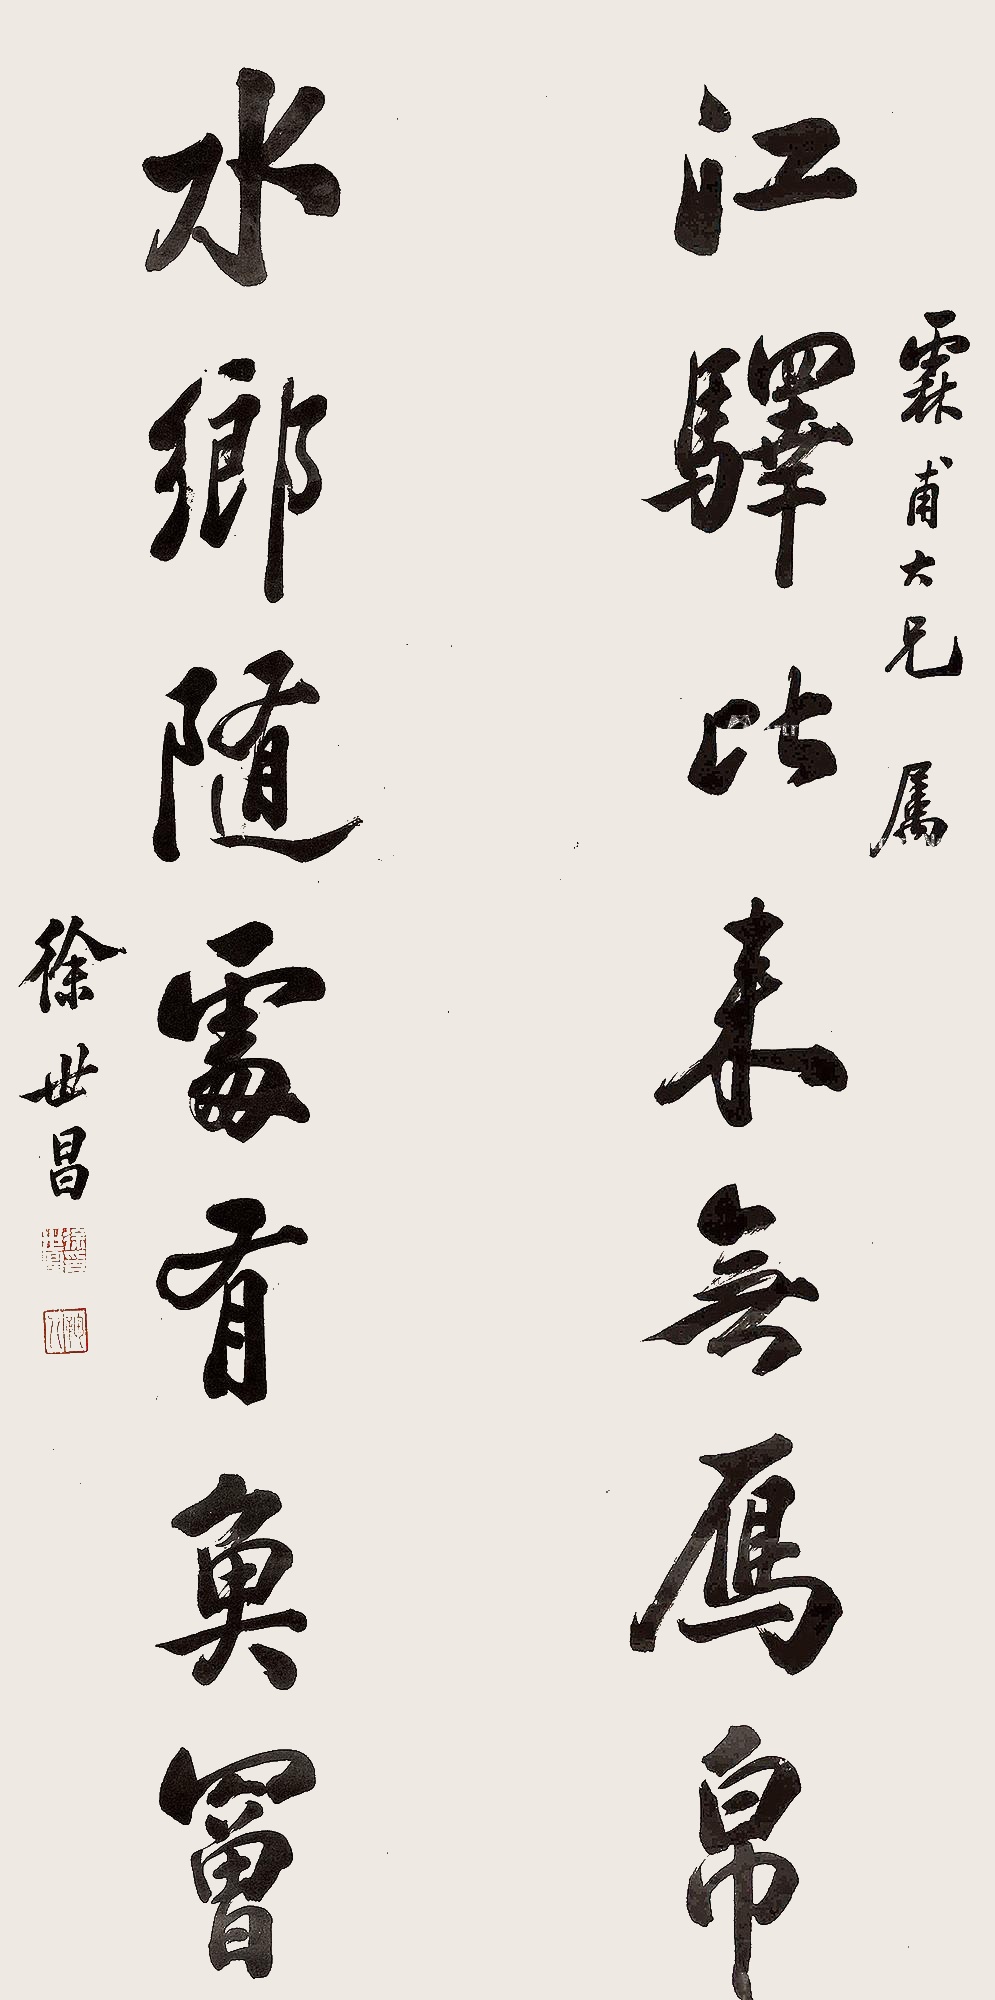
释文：江驿比来无雁帛，水乡随处有鱼罾。霖甫大兄属。徐世昌。